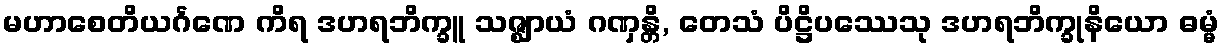
မဟာစေတိယင်္ဂဏေ ကိရ ဒဟရဘိက္ခူ သဇ္ဈာယံ ဂဏှန္တိ, တေသံ ပိဋ္ဌိပဿေသု ဒဟရဘိက္ခုနိယော ဓမ္မံ